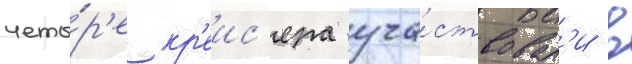
четы́р'е кр'еис'ера уча́ствовал'и в